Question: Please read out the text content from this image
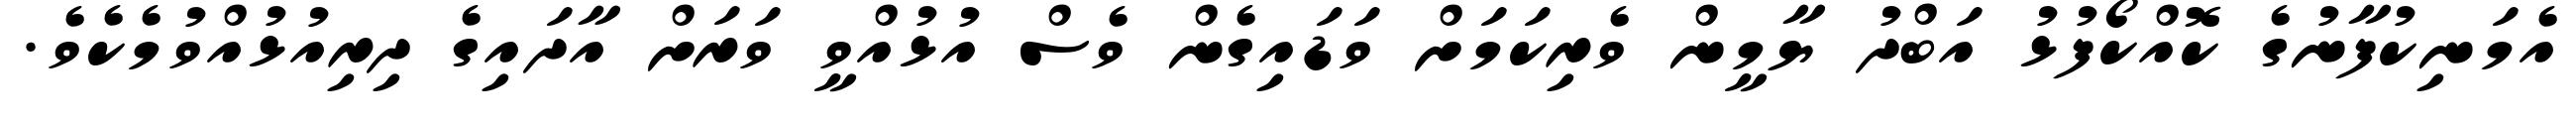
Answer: އެމަނިކުފާނުގެ ކޮއްކޯފުޅު އަބްދު ޔާމީން ވެރިކަމަށް ވަޑައިގެން ވެސް އުޅުއްވީ ވަރަށް އާދައިގެ ދިރިއުޅުއްވުމެކެވެ.